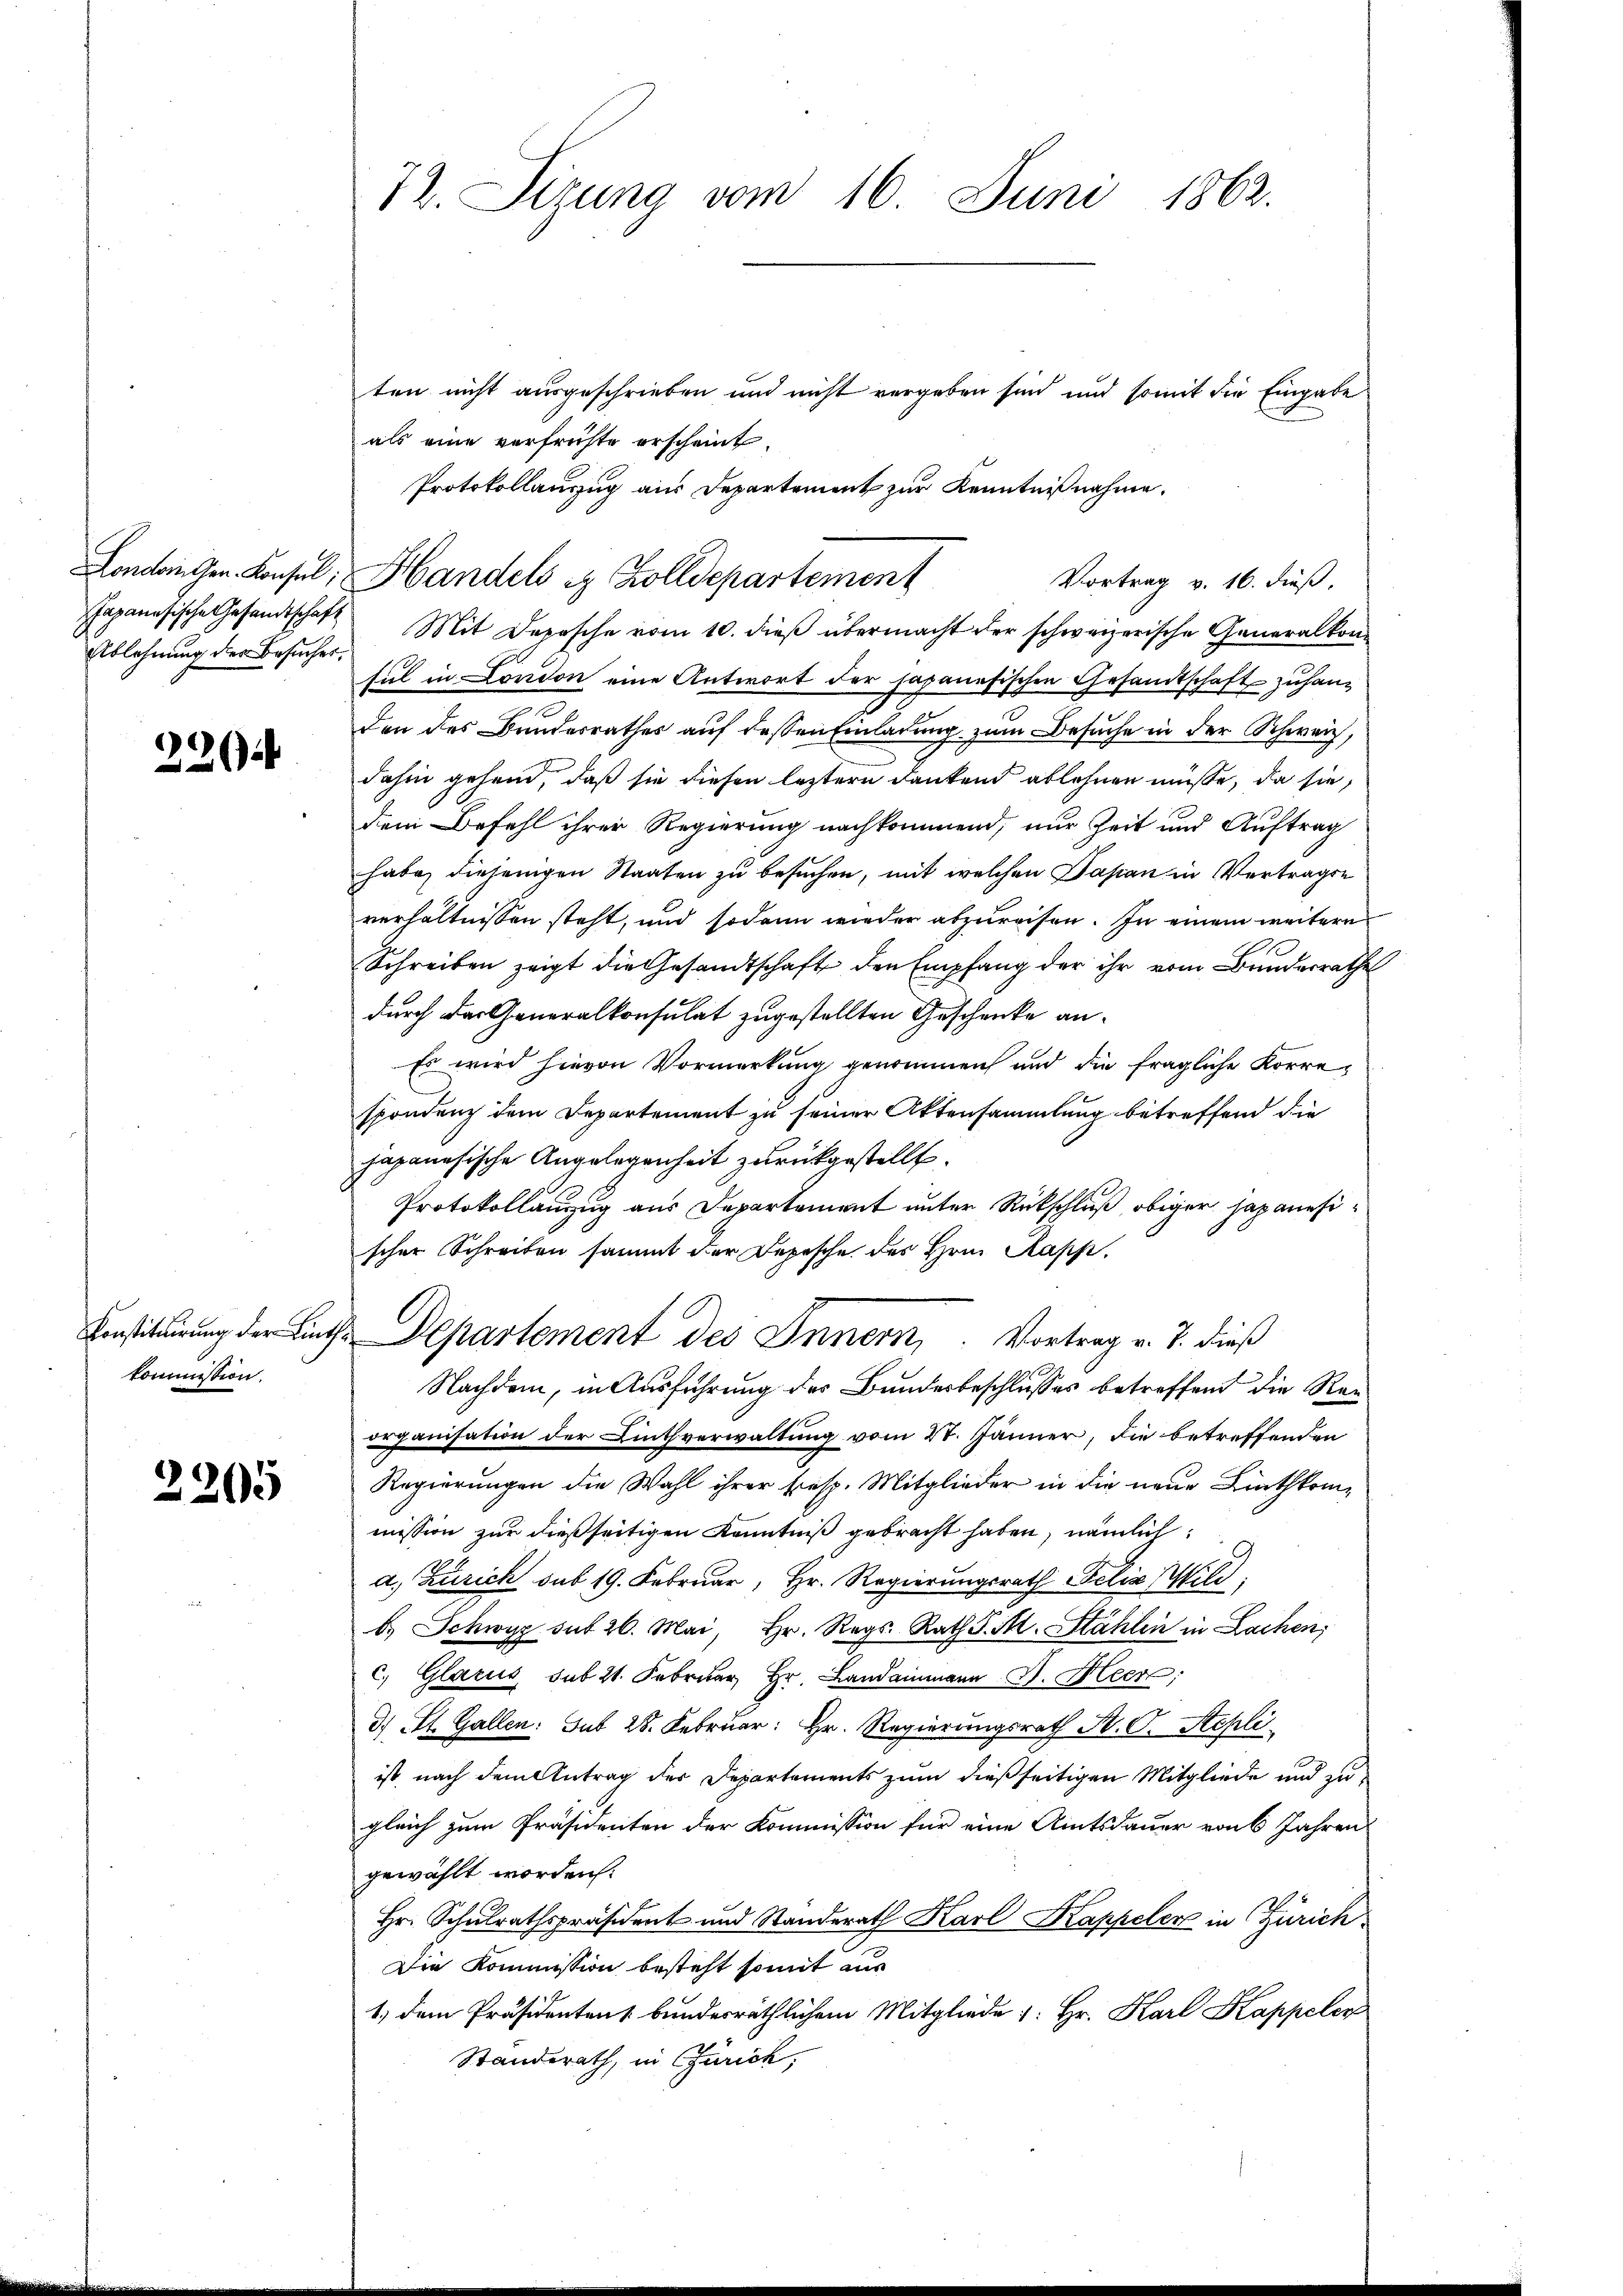
Ablehnung der Besucher.

22

Konstituirung der Linkommission.

2305

72. Sizung vom 16. Juni 1862.

ten nicht ausgeschrieben und nicht vergeben sind und somit die Eingabe
als eine verfrühte erscheint,
Protokollauszug aus Departement zur Kenntnißnahme.

Londangen. Konsel, Handels in Zolldepartement
Vortrag v. 16. dieß,

hapanesische Gesandtschaft Mit Depesche vom 10. dieβ übermacht der schweizerische Generalkon-
sul in London eine Antwort der japanesischen Gesandtschaft zuhang
den des Bundesrathes auf dessen Einladung zum Besuche in der Schweiz,
dahin gehend, daß sie diesen leztere dankend ablehnen müsse, da sie,
dem Befehl ihrer Regierung nachkommend, nur Zeit und Auftrag
habe, diejenigen Staaten zu besuchen, mit welchen Papan in Vertragen
verhältnissen steht, und sodann wieder abzureisen. In einem weitere
Schreiben zeigt die Gesandtschaft der Empfang der ihr vom Bunderrathe
durch das Generalkonsulat zugestellten Geschenke an¬
Es wird hievon Vormerkung genommen und die fragliche Korrespondenz dem Departement zu seiner Aktensammlung betreffend die
hapanesische Angelegenheit zurückgestellt.
Protokollanzug aus Departement unter Rückschluß obiger Japanesischer Schreiben sammt der Depesche des Hrn. Kapp.
organisation der Linthverwaltung vom 27. Jänner, die betreffenden
Regierungen die Wahl ihrer Eresp. Mitglieder in die neue Linthkommission zur dießseitigen Kenntniß gebracht haben, nämlich:
a. Zürich sub 19. Februar, Hr. Regierungsrath Felix Wild
b. Schwyz sub 26. Mai, Hr. Reg. Rath P. M. Stählen in Lachen;
c. Glarus, sub 21. Februar Hr. Landammann J. Meer;
3) St. Gallen: sub 28. Februar: Hr. Regierungsrath N. O. Stepli
ist, nach dem Antrag des Departements zum dießseitigen Mitgliede und zu
gleich zum Präsidenten der Kommission für eine Amtsdauer von 6 Jahren
gewählt worden.
Hr. Schulrathspräsident und Standerath Karl Kappeler in Zürich
Die Kommission besteht somit aus
1) dem Präsidenten bunderräthlichem Mitgliede 1: Hr. Karl Kappeler
Standerath, in Zürich,

I. Departement des Innern, Vortrag v. J. dieß
Nachdem, in Ausführung des Bundesbeschlusses betreffend die Rei¬